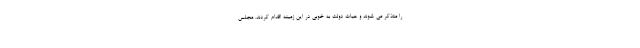
را متذکر می شوند و هیات دولت به خوبی در این زمینه اقدام کردند. مجلس